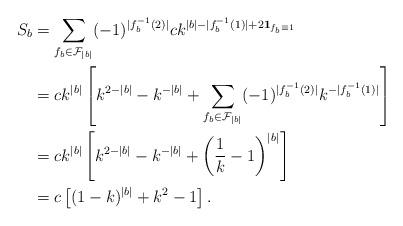
LaTeX: \begin{align*}S_b &= \sum_{f_b \in \mathcal F_{|b|}}(-1)^{|f_b^{-1}(2)|} ck^{|b|-|f_b^{-1}(1)|+2 \mathbf{1}_{f_b \equiv 1}}\\&= ck^{|b|}\left[ k^{2-|b|} - k^{-|b|} + \sum_{f_b \in \mathcal F_{|b|}}(-1)^{|f_b^{-1}(2)|} k^{-|f_b^{-1}(1)|} \right] \\&= ck^{|b|}\left[ k^{2-|b|} - k^{-|b|} + \left( \frac{1}{k}-1\right)^{|b|} \right] \\&= c\left[ (1-k)^{|b|} + k^2-1 \right].\end{align*}